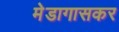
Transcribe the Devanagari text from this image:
मेडागासकर